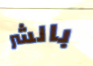
بالشر